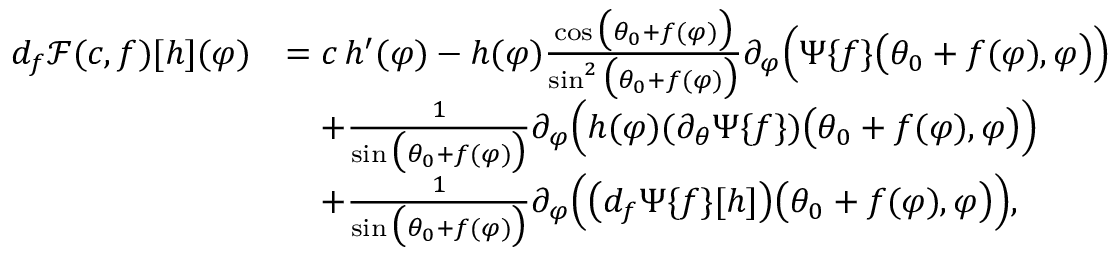
\begin{array} { r l } { d _ { f } \mathscr { F } ( c , f ) [ h ] ( \varphi ) } & { = c \, h ^ { \prime } ( \varphi ) - h ( \varphi ) \frac { \cos \big ( \theta _ { 0 } + f ( \varphi ) \big ) } { \sin ^ { 2 } \big ( \theta _ { 0 } + f ( \varphi ) \big ) } \partial _ { \varphi } \Big ( \Psi \{ f \} \big ( \theta _ { 0 } + f ( \varphi ) , \varphi \big ) \Big ) } \\ & { \quad + \frac { 1 } { \sin \big ( \theta _ { 0 } + f ( \varphi ) \big ) } \partial _ { \varphi } \Big ( h ( \varphi ) ( \partial _ { \theta } \Psi \{ f \} ) \big ( \theta _ { 0 } + f ( \varphi ) , \varphi \big ) \Big ) } \\ & { \quad + \frac { 1 } { \sin \big ( \theta _ { 0 } + f ( \varphi ) \big ) } \partial _ { \varphi } \Big ( \big ( d _ { f } \Psi \{ f \} [ h ] \big ) \big ( \theta _ { 0 } + f ( \varphi ) , \varphi \big ) \Big ) , } \end{array}